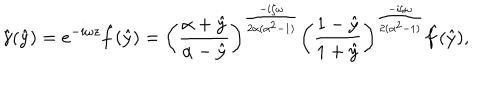
\hat { \gamma } ( \hat { y } ) = e ^ { - i \omega z } \hat { f } ( \hat { y } ) = \left( \frac { \alpha + \hat { y } } { \alpha - \hat { y } } \right) ^ { \frac { - i \zeta \omega } { 2 \alpha ( \alpha ^ { 2 } - 1 ) } } \left( \frac { 1 - \hat { y } } { 1 + \hat { y } } \right) ^ { \frac { - i \zeta \omega } { 2 ( \alpha ^ { 2 } - 1 ) } } \hat { f } ( \hat { y } ) ,